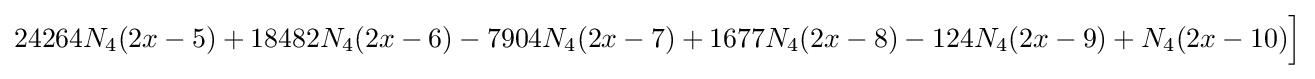
24264N_{4}(2x-5)+18482N_{4}(2x-6)-7904N_{4}(2x-7)+1677N_{4}(2x-8)-124N_{4}(2x-9)+N_{4}(2x-10){\Big ]}